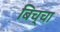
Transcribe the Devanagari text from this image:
बिच्चा